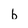
Character: b